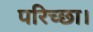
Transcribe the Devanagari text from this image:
परिच्‍छा।